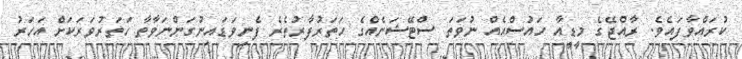
ކުރައްވާފައެވެ. ރާއްޖޭގެ މީޑީއާ ހައުސްއެއް ނުވަތަ ސްޓޭޝަނެއްގެ ހަތަރުފާރުތެރެ ފެނިވަޑައިނުގަންނަވާތާ ހަތަރުވަރަކަށް އަހަރު